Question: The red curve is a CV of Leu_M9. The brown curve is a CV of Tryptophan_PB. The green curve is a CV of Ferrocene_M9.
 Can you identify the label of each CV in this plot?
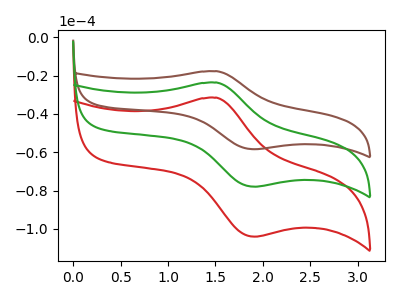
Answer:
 <answer>The red curve is labeled "Leu_M9". The brown curve is labeled "Tryptophan_PB". The green curve is labeled "Ferrocene_M9".</answer>
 <eval></eval>